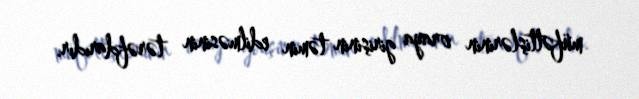
müfəttişlərinin oraya girişinin təmin edilməsinin tərəfdarıdır.